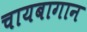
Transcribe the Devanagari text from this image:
चायबागान